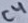
Text: C4